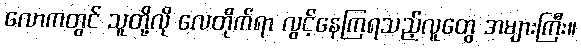
လောကတွင် သူတို့လို လေတိုက်ရာ လွင့်နေကြရသည့်လူတွေ အများကြီး။